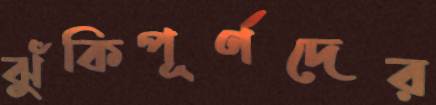
ঝুঁকিপূর্ণদের